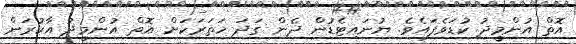
އޮތް އުންމީދު ކުޑަވެފައެވެ. ޔުނައިޓެޑުން ދެން ގަދަ ހަތަރަކަށް އޮތް އުންމީދު އާކުރަން